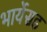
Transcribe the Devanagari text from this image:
भार्येसह